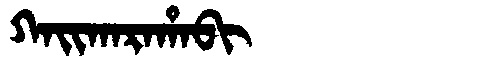
Manchu: ᡴᠠᡳᡴᠠᡵᠠᡥᠠᠪᡳ
Romanization: KAIKARAHABI